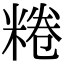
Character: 䊎